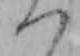
つ